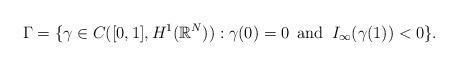
LaTeX: \begin{align*} \Gamma = \{ \gamma \in C([0,1], H^{1}(\mathbb{R}^{N})): \gamma (0)=0 \,\,\, \mbox{and} \,\,\, I_\infty(\gamma(1))<0 \}.\end{align*}